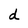
Character: d